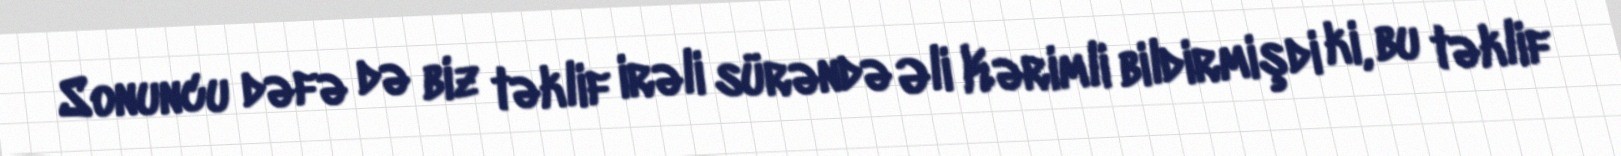
Sonuncu dəfə də biz təklif irəli sürəndə Əli Kərimli bildirmişdi ki, bu təklif